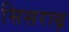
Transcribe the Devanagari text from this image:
सिसराढ़